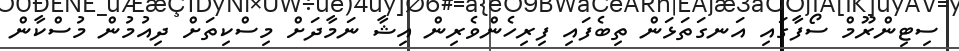
ސިޓިންރޫމް ސޯފާގައި އަނގަތަޅަން ތިބެފައި ފިރިހެންވެރިން އިޝާ ނަމާދަށް މިސްކިތަށް ދިއުމުން މުސްކާން